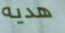
هديه